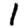
Digit: 1